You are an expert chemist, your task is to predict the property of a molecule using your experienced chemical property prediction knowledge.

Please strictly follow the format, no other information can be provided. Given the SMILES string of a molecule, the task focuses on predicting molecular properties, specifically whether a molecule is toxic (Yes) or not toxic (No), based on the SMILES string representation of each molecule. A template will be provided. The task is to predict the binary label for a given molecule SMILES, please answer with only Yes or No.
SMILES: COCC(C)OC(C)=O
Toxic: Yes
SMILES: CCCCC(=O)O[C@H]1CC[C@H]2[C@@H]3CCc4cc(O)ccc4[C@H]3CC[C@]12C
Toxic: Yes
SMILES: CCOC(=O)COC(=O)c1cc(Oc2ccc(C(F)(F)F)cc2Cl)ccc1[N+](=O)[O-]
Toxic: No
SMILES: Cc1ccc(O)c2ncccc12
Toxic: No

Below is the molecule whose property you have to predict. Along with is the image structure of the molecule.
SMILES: C/C=C/C=C/CCCCCCCO
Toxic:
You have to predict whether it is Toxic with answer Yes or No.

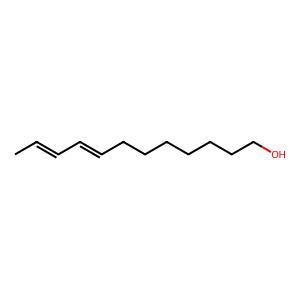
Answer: No